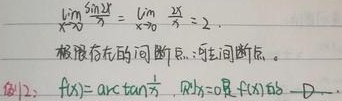
\[
\lim_{x \to 0} \frac{\sin 2x}{x}=\lim_{x \to 0} \frac{2x}{x}=2.
\]

极限存在的间断点：可去间断点。

例12：\(f(x)=\arctan\frac{1}{x}\)，则 \(x = 0\) 是 \(f(x)\) 的  。